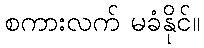
စကားလက် မခံနိုင်။